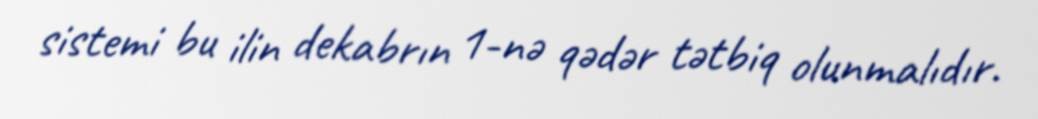
sistemi bu ilin dekabrın 1-nə qədər tətbiq olunmalıdır.